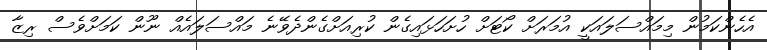
އެހެންކަމުން މިމައްސަލައަކީ އުމަރަށް ކޯޓަށް ހުށަހަޅައިގެން ކުރިއަށްގެންދެވޭނެ މައްސަލައެއް ނޫން ކަމަށްވެސް ރިޒާ